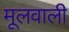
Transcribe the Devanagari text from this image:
मूलवाली